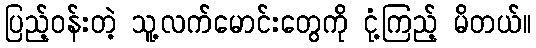
ပြည့်ဝန်းတဲ့ သူ့လက်မောင်းတွေကို ငုံ့ကြည့် မိတယ်။